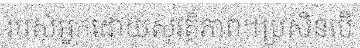
របស់អ្នកដោយសុវត្ថិភាព។ប្រសិនបើ